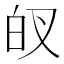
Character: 𱱻